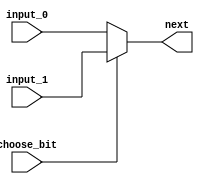
`timescale 1ns / 1ps
//////////////////////////////////////////////////////////////////////////////////
// Company: 
// Engineer: 
// 
// Design Name: 
// Module Name: mux2
// Project Name: 
// Target Devices: 
// Tool Versions: 
// Description: 
// 
// Dependencies: 
// 
// Revision:
// Revision 0.01 - File Created
// Additional Comments:
// 
//////////////////////////////////////////////////////////////////////////////////


module mux2(
    input_0,input_1,choose_bit,next
    );
    parameter width = 32;
    input wire[width-1:0] input_0;
    input wire[width-1:0] input_1;
    input wire choose_bit;
    output reg[width-1:0] next;
 always @(*) begin 
    if(choose_bit == 1)
    begin
         next = input_1;
    end
    else 
    begin
         next = input_0;
    end   
end

endmodule